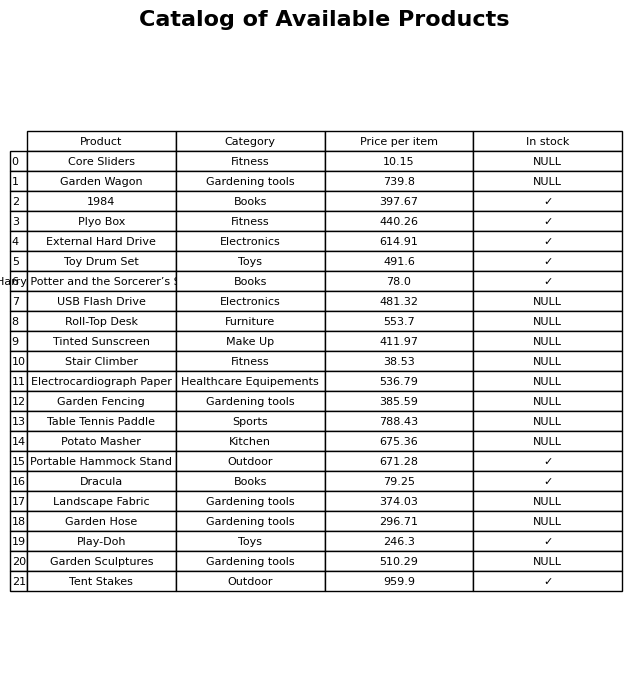
question: Is the Garden Fencing in stock?
answer: NULL